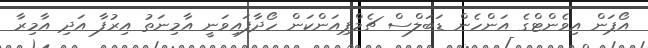
އޯޕަން އިވެންޓްގެ އަންހެން ޑަބަލްސް ޗެމްޕިއަންކަން ހޯދާފައިވަނީ އާމިނަތު އިރުފާ އަދި އާމިރާ